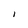
Character: l